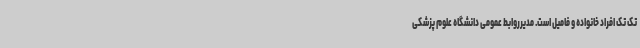
تک تک افراد خانواده و فامیل است. مدیرروابط عمومی دانشگاه علوم پزشکی